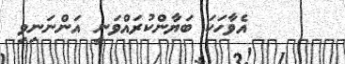
އެވާހަކަ ބަޔާންކުރައްވަނީ އަންނަނިވި